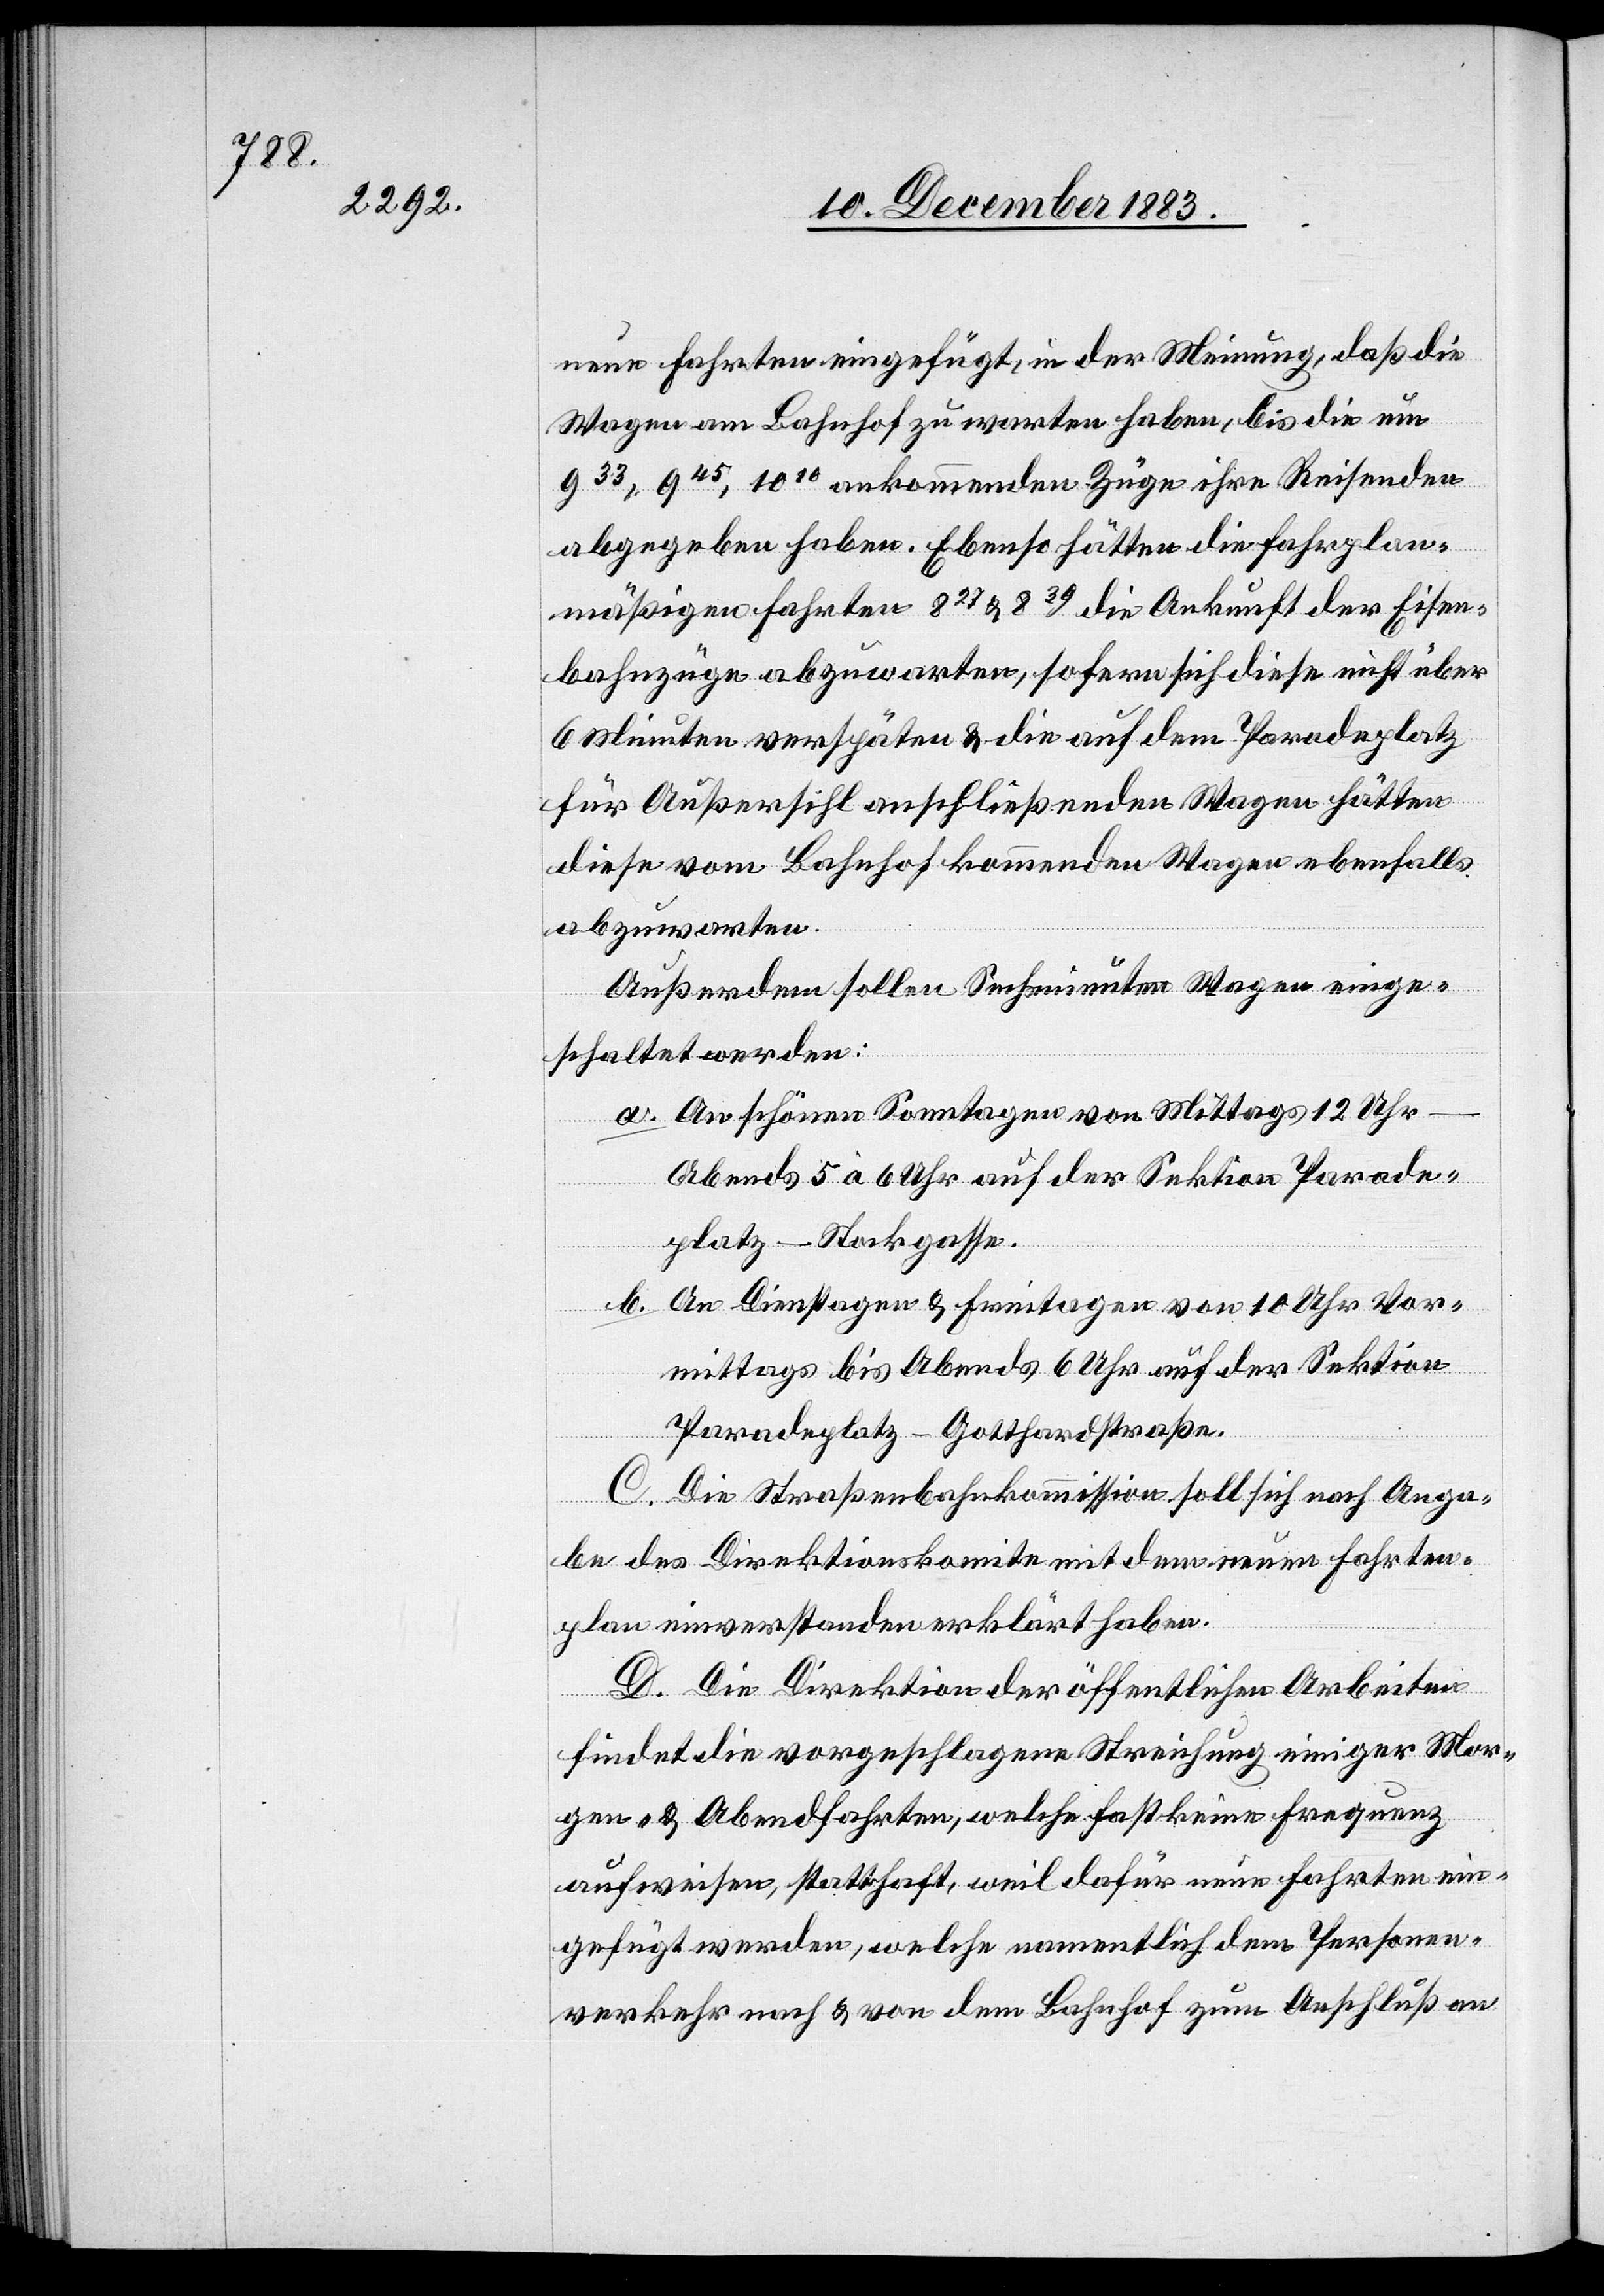
neue Fahrten eingefügt, in der Meinung, daß die
Wagen am Bahnhof zu warten haben, bis die um
933, 945, 1010 ankommenden Züge ihre Reisenden
abgegeben haben. Ebenso hätten die fahrplan¬
mäßigen Fahrten 827 & 839 die Ankunft der Eisen¬
bahnzüge abzuwarten, sofern sich diese nicht über
6 Minuten verspäten & die auf dem Paradeplatz
für Außersihl anschließenden Wagen hätten
diese vom Bahnhof kommenden Wagen ebenfalls
abzuwarten.
Außerdem sollen Sechsminuten Wagen einge¬
schaltet werden:
a. An schönen Sonntagen von Mittags 12 Uhr
Abends 5 à 6 Uhr auf der Sektion Parade¬
platz–Stockgasse.
b. An Dienstagen & Freitagen von 10 Uhr Vor¬
mittags bis Abends 6 Uhr auf der Sektion
Paradeplatz–Gotthardstraße.
C. Die Straßenbahnkommission soll sich nach Anga¬
be des Direktionskomite mit dem neuen Fahrten¬
plan einverstanden erklärt haben.
D. Die Direktion der öffentlichen Arbeiten
findet die vorgeschlagene Streichung einiger Mor¬
gen- & Abendfahrten, welche fast keine Frequenz
aufweisen, statthaft, weil dafür neue Fahrten ein¬
gefügt werden, welche namentlich dem Personen¬
verkehr nach & von dem Bahnhof zum Anschluß an